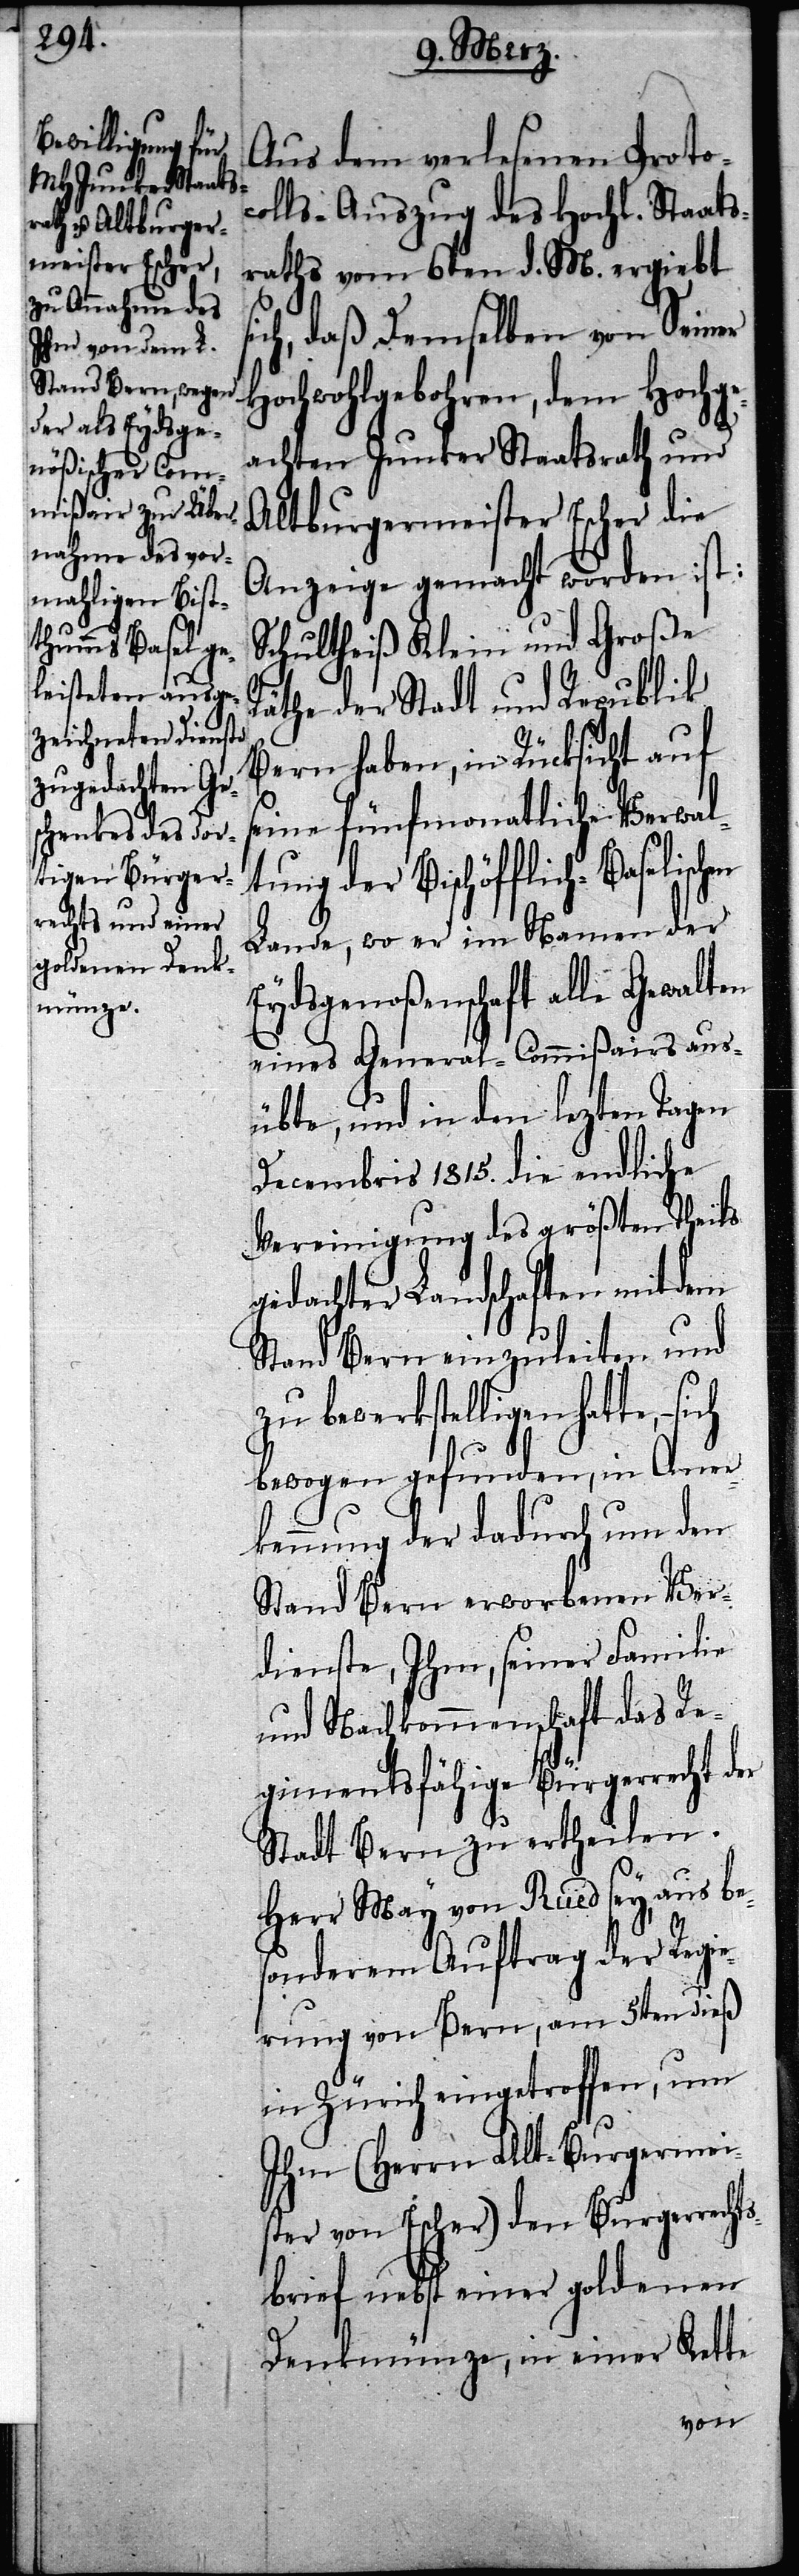
Aus dem verlesenen Protoc¬
olls-Auszug des Hochl. Staats¬
raths vom 6ten d. M. ergiebt
daß Demselben von Seiner
Hochwohlgebohren, dem Hochge¬
achten Junker Staatsrath und
Altburgermeister Escher die
Anzeige gemacht worden ist:
Schultheiß Klein und Große
Räthe der Stadt und Republik
Bern haben, in Rücksicht auf
seine fünfmonathliche Verwal¬
tung der Bischöfflich-Baselis¬
Lande, wo er im Namen der
Eydsgenoßenschaft alle Gewalten
eines General-Commißairs aus¬
übte, und in den lezten Tagen
Decembris 1815. die endliche
Vereinigung des größten Theils
gedachter Landschaften mit dem
Stand Bern einzuleiten und
zu bewerkstelligen hatte, –
bewogen gefunden, in Aner¬
kennung der dadurch um den
Stand Bern erworbenen Ver¬
dienste, Ihm, seiner Familie
und Nachkommenschaft das Re¬
gimentsfähige Bürgerrecht der
Stadt Bern zu ertheilen.
Herr May von Rued sey, aus be¬
sonderem Auftrag der Regie¬
rung von Bern, am 5ten dieß
in Zürich eingetroffen, um
Ihm (Herrn Alt-Burgermei¬
ster von Escher) den Burgerrechts¬
brief nebst einer goldenen
Denkmünze, in einer Kette
chen